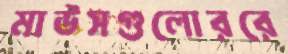
মাউসগুলোররে